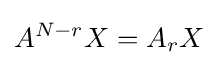
A^{N-r}X=A_{r}X